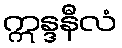
ဣန္ဒနီလံ